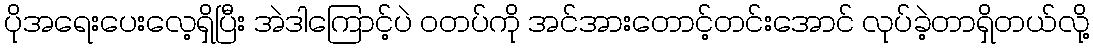
ပိုအရေးပေးလေ့ရှိပြီး အဲဒါကြောင့်ပဲ ဝတပ်ကို အင်အားတောင့်တင်းအောင် လုပ်ခဲ့တာရှိတယ်လို့